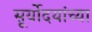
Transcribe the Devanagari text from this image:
सूर्योदयांच्या